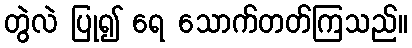
တွဲလဲ ပြု၍ ရေ သောက်တတ်ကြသည်။